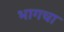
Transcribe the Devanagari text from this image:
भागचा